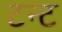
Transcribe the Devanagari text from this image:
टन्ट